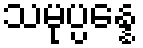
သမုပ္ပန္နေ